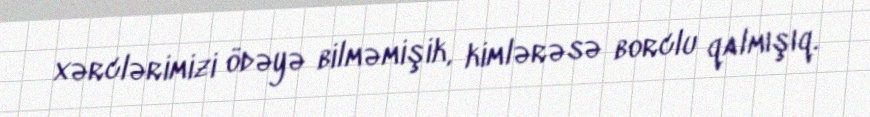
xərclərimizi ödəyə bilməmişik, kimlərəsə borclu qalmışıq.